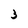
Character: 3